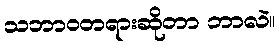
သဘာဝတရားဆိုတာ ဘာလဲ။